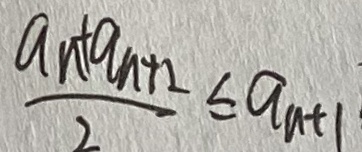
\frac { a n + a _ { n + 2 } } { 2 } \leq a _ { n + 1 }